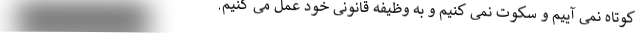
کوتاه نمی آییم و سکوت نمی کنیم و به وظیفه قانونی خود عمل می کنیم.